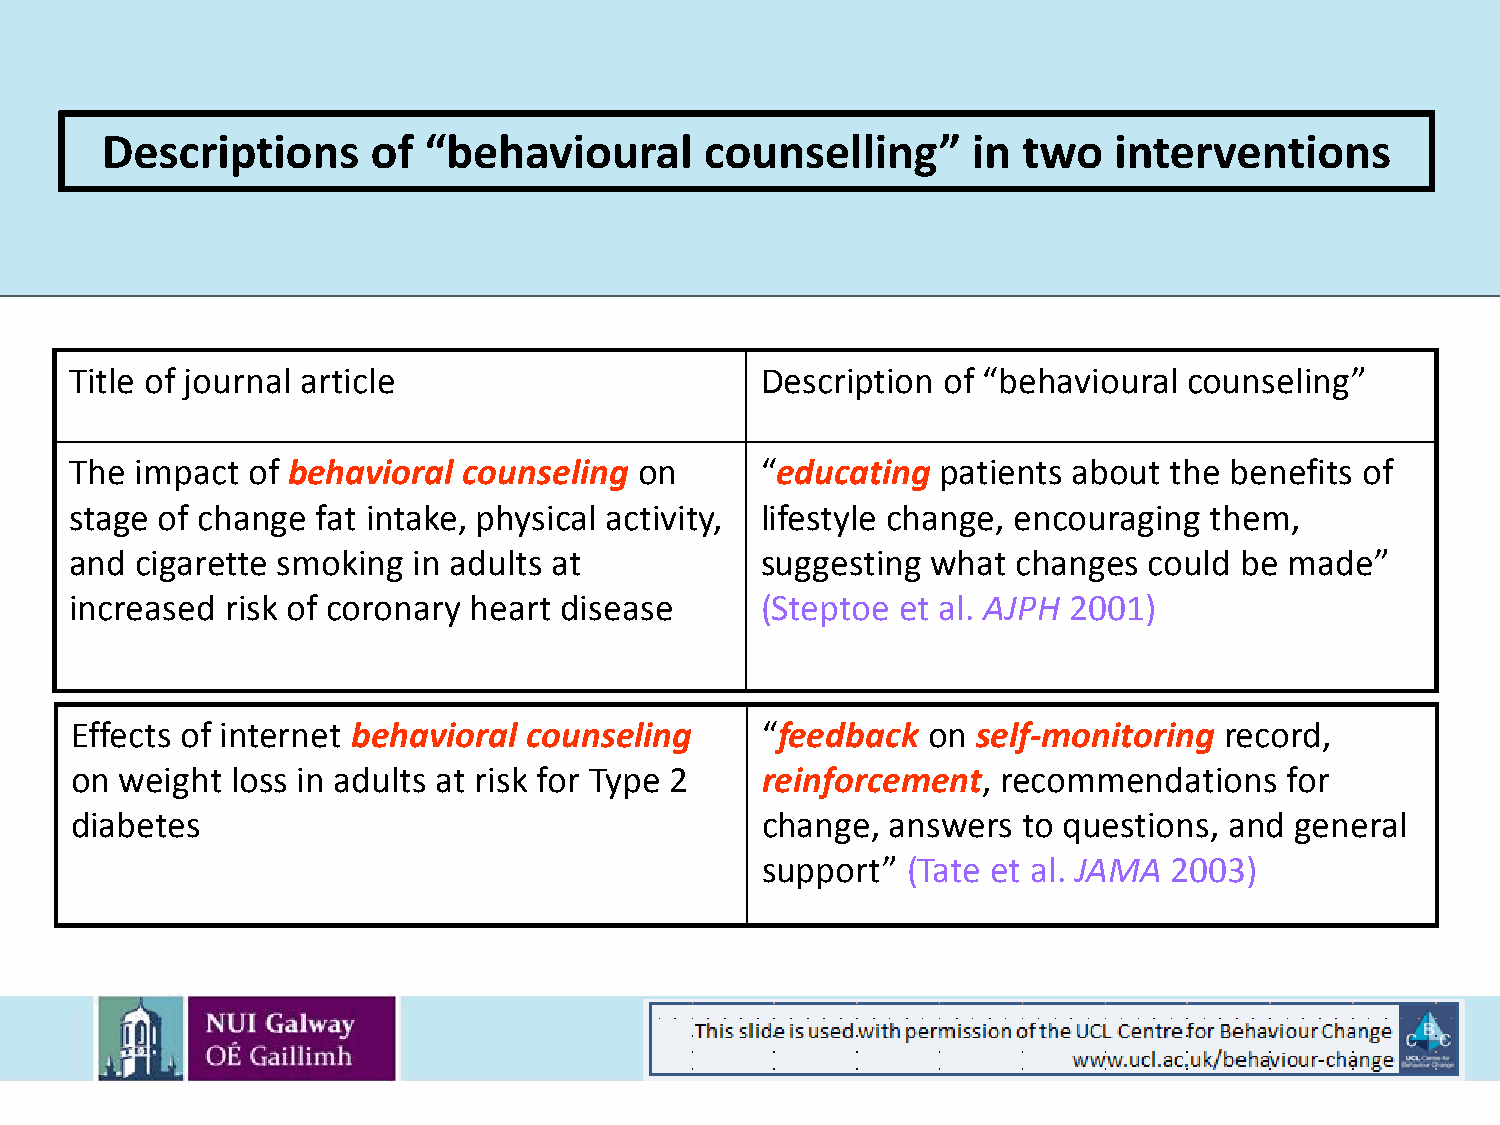
Descriptions      of “behavioural       counselling”     in  two   interventions
 Title of journal article                     Description of “behavioural  counseling”
 The impact of behavioral  counseling on      “educating  patients about the benefits of
 stage of change fat intake, physical activity, lifestyle change, encouraging them,
 and cigarette smoking in adults at           suggesting  what changes  could be made”
 increased risk of coronary heart disease     (Steptoe  et al. AJPH 2001)
 Effects of internet behavioral counseling    “feedback  on  self-monitoring record,
 on weight loss in adults at risk for Type 2  reinforcement,  recommendations    for
 diabetes                                     change,  answers  to questions, and general
 support”  (Tate et al. JAMA 2003)